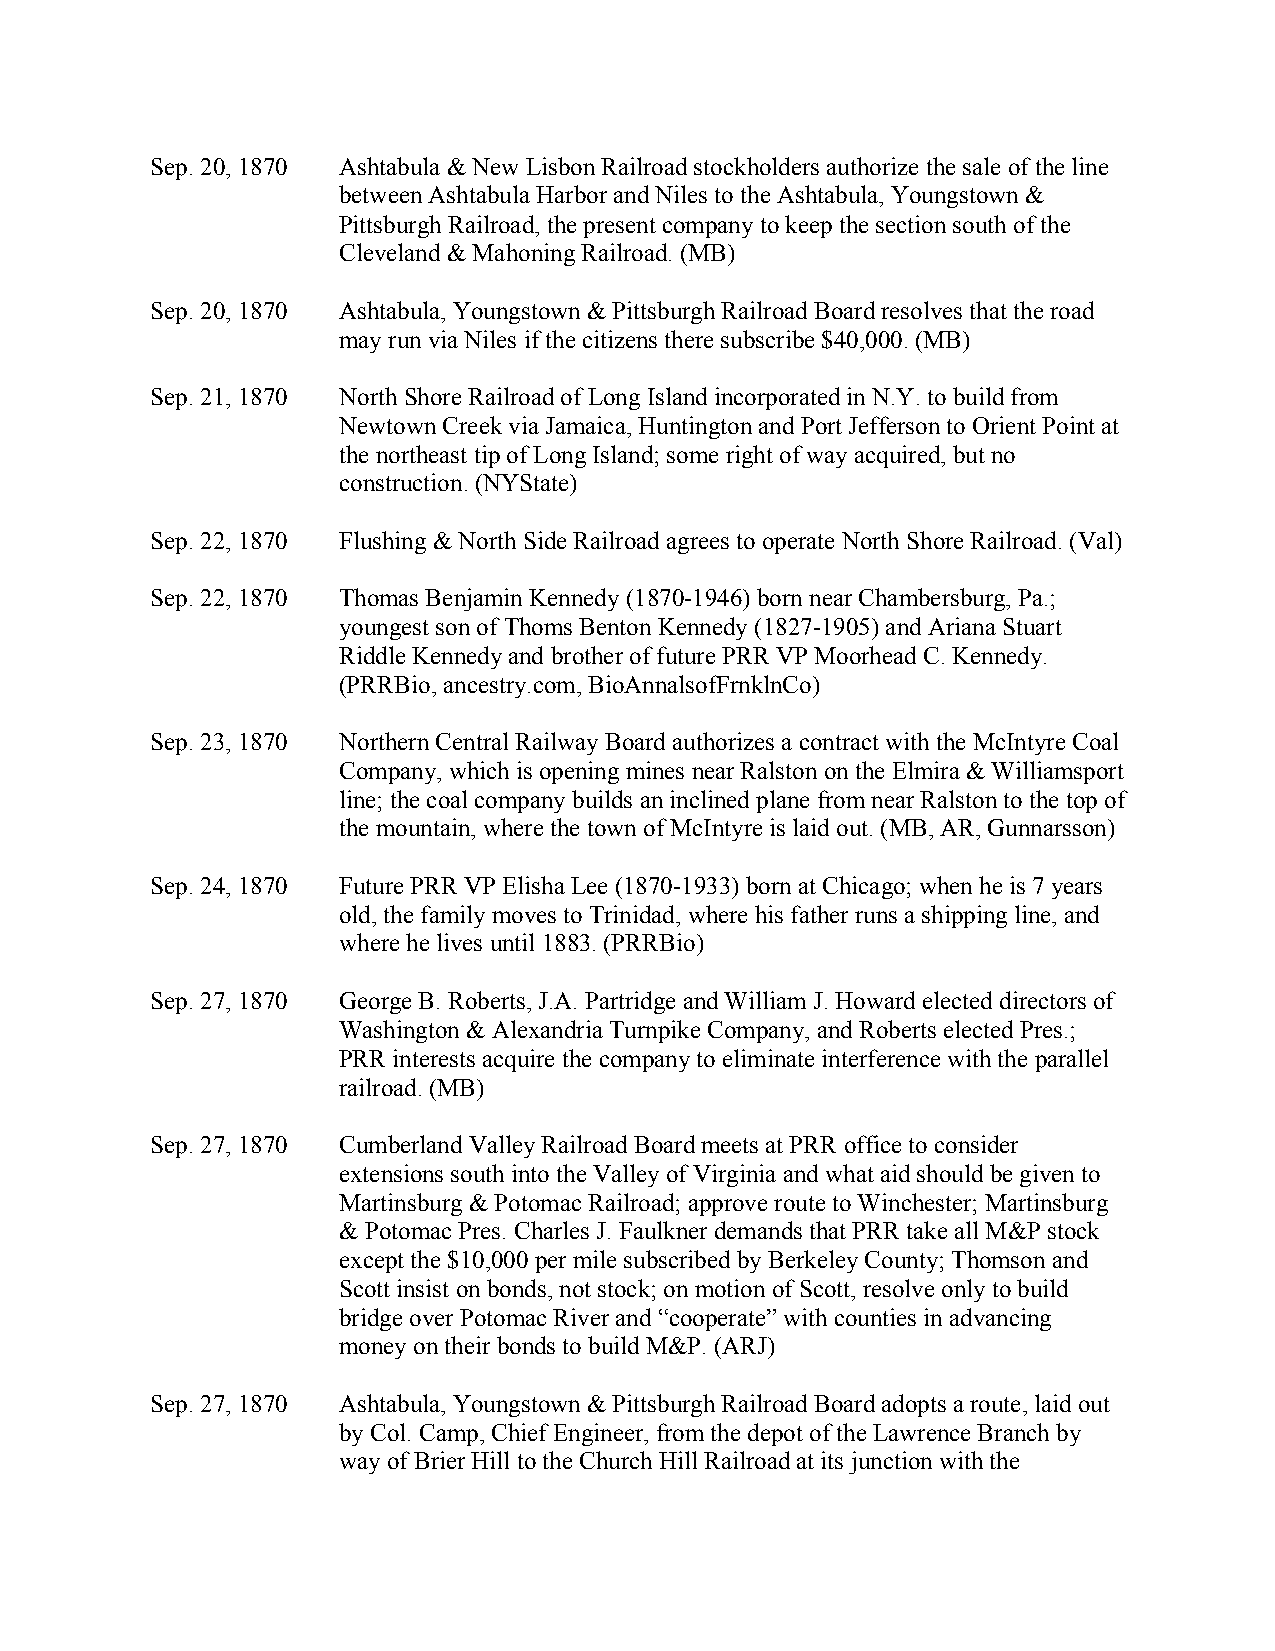
Sep. 20, 1870 Ashtabula & New Lisbon Railroad stockholders authorize the sale of the line
 between Ashtabula Harbor and Niles to the Ashtabula, Youngstown &
 Pittsburgh Railroad, the present company to keep the section south of the
 Cleveland & Mahoning Railroad. (MB)
 Sep. 20, 1870 Ashtabula, Youngstown & Pittsburgh Railroad Board resolves that the road
 may run via Niles if the citizens there subscribe $40,000. (MB)
 Sep. 21, 1870 North Shore Railroad of Long Island incorporated in N.Y. to build from
 Newtown Creek via Jamaica, Huntington and Port Jefferson to Orient Point at
 the northeast tip of Long Island; some right of way acquired, but no
 construction. (NYState)
 Sep. 22, 1870 Flushing & North Side Railroad agrees to operate North Shore Railroad. (Val)
 Sep. 22, 1870 Thomas Benjamin Kennedy (1870-1946) born near Chambersburg, Pa.;
 youngest son of Thoms Benton Kennedy (1827-1905) and Ariana Stuart
 Riddle Kennedy and brother of future PRR VP Moorhead C. Kennedy.
 (PRRBio, ancestry.com, BioAnnalsofFrnklnCo)
 Sep. 23, 1870 Northern Central Railway Board authorizes a contract with the McIntyre Coal
 Company, which is opening mines near Ralston on the Elmira & Williamsport
 line; the coal company builds an inclined plane from near Ralston to the top of
 the mountain, where the town of McIntyre is laid out. (MB, AR, Gunnarsson)
 Sep. 24, 1870 Future PRR VP Elisha Lee (1870-1933) born at Chicago; when he is 7 years
 old, the family moves to Trinidad, where his father runs a shipping line, and
 where he lives until 1883. (PRRBio)
 Sep. 27, 1870 George B. Roberts, J.A. Partridge and William J. Howard elected directors of
 Washington & Alexandria Turnpike Company, and Roberts elected Pres.;
 PRR interests acquire the company to eliminate interference with the parallel
 railroad. (MB)
 Sep. 27, 1870 Cumberland Valley Railroad Board meets at PRR office to consider
 extensions south into the Valley of Virginia and what aid should be given to
 Martinsburg & Potomac Railroad; approve route to Winchester; Martinsburg
 & Potomac Pres. Charles J. Faulkner demands that PRR take all M&P stock
 except the $10,000 per mile subscribed by Berkeley County; Thomson and
 Scott insist on bonds, not stock; on motion of Scott, resolve only to build
 bridge over Potomac River and “cooperate” with counties in advancing
 money on their bonds to build M&P. (ARJ)
 Sep. 27, 1870 Ashtabula, Youngstown & Pittsburgh Railroad Board adopts a route, laid out
 by Col. Camp, Chief Engineer, from the depot of the Lawrence Branch by
 way of Brier Hill to the Church Hill Railroad at its junction with the